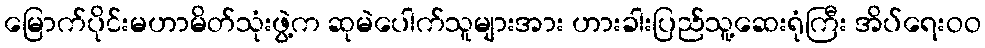
မြောက်ပိုင်းမဟာမိတ်သုံးဖွဲ့က ဆုမဲပေါက်သူများအား ဟားခါးပြည်သူ့ဆေးရုံကြီး အိပ်ရေးဝဝ